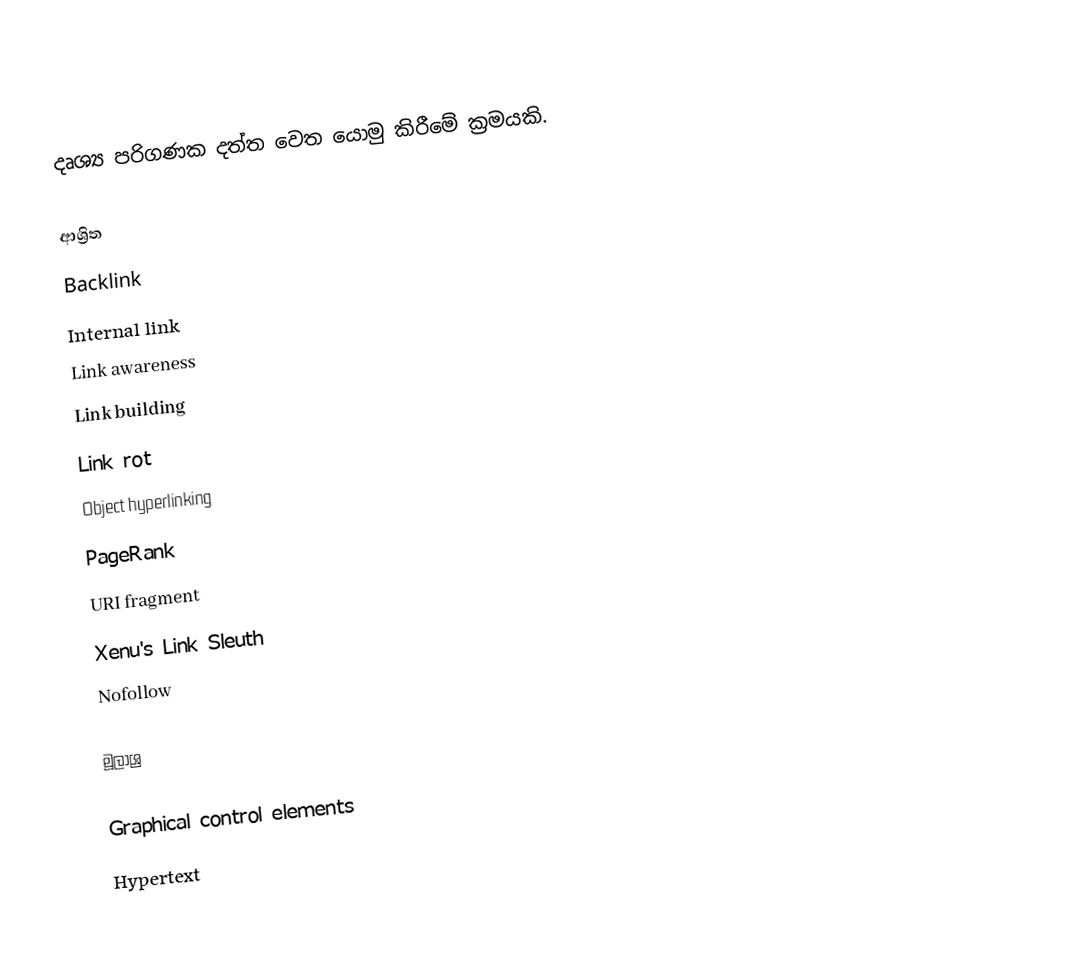
දෘශ්‍ය පරිගණක දත්ත වෙත යොමු කිරීමේ ක්‍රමයකි.

ආශ්‍රිත
 Backlink
 Internal link
 Link awareness
 Link building
 Link rot
 Object hyperlinking
 PageRank
 URI fragment
 Xenu's Link Sleuth
 Nofollow

මූලාශ්‍ර

Graphical control elements
Hypertext